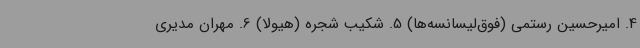
4. امیرحسین رستمی (فوق‌لیسانسه‌ها) 5. شکیب شجره (هیولا) 6. مهران مدیری